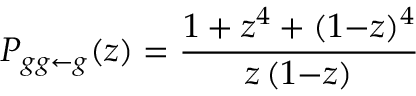
P _ { g g \leftarrow g } ( z ) = \frac { 1 + z ^ { 4 } + ( 1 { - } z ) ^ { 4 } } { z \, ( 1 { - } z ) }